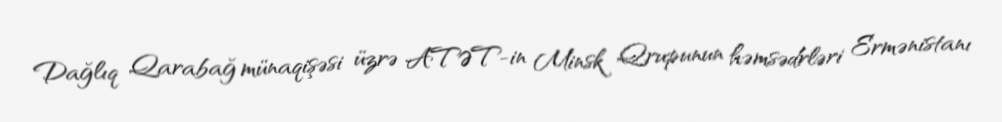
Dağlıq Qarabağ münaqişəsi üzrə ATƏT-in Minsk Qrupunun həmsədrləri Ermənistanı